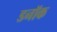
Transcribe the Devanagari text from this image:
डनॉक